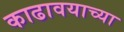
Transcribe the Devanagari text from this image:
काढावयाच्या